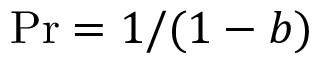
\operatorname* { P r } = 1 / ( 1 - b )